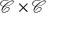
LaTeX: { \mathcal { C } } \times { \mathcal { C } }